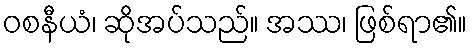
ဝစနီယံ၊ ဆိုအပ်သည်။ အဿ၊ ဖြစ်ရာ၏။